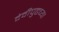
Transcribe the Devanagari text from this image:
देवीपुढच्या